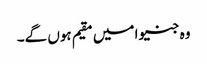
وہ جنیوا میں مقیم ہوں گے۔